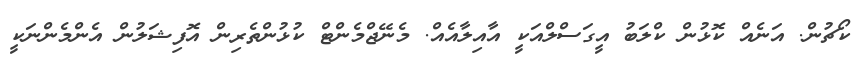
ކޯޗުން. އަނެއް ކޮޅުން ކްލަބު އީގަސްލްއަކީ އާއިލާއެއް. މެނޭޖްމެންޓް ކުޅުންތެރިން އޮފިޝަލުން އެންމެންނަކީ